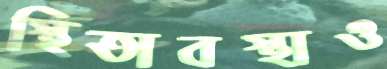
স্থিতাবস্থাও